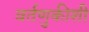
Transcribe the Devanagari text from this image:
वर्तणुकीशी